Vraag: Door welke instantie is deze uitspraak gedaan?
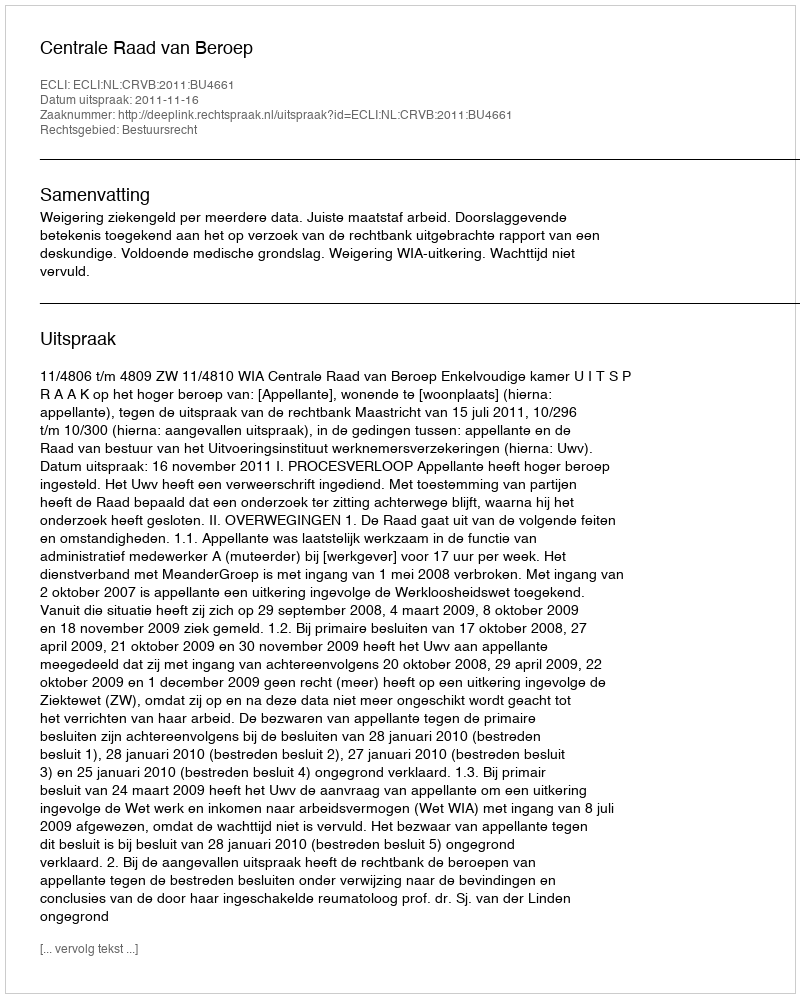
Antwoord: Centrale Raad van Beroep